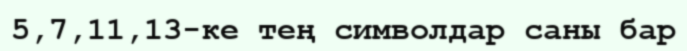
5,7,11,13-ке тең символдар саны бар